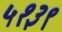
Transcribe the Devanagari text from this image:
५१३९